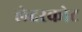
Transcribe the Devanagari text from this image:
लेदरकोट